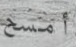
أمسح